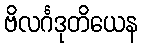
ဗိလင်္ဂဒုတိယေန